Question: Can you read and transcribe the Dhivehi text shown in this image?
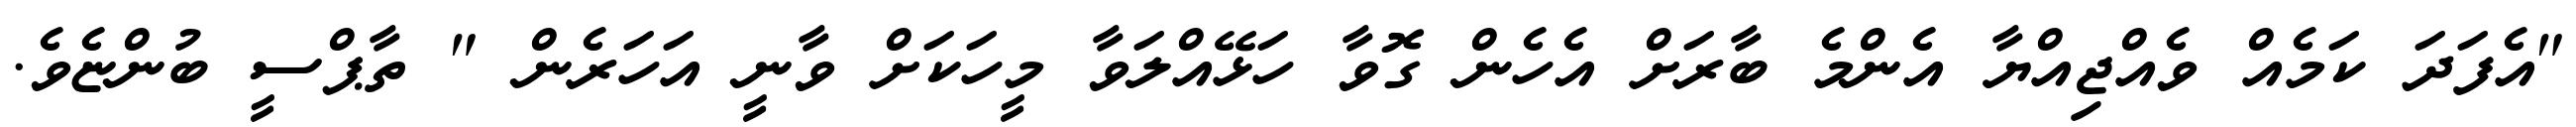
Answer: "އެފަދަ ކަމެއް ވެއްޖިއްޔާ އެންމެ ބާރަށް އެހެން ގޮވާ ހަޅޭއްލަވާ މީހަކަށް ވާނީ އަހަރެން " ތާޕްސީ ބުންޏެވެ.